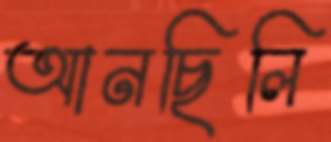
আনছিলি